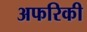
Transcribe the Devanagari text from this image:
अफरिकी